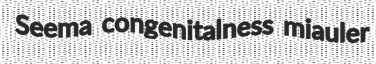
Seema congenitalness miauler